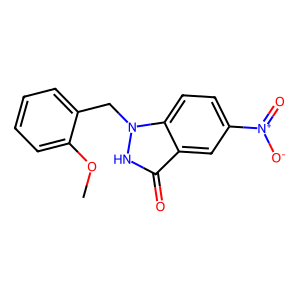
SMILES: COc1ccccc1Cn1[nH]c(=O)c2cc([N+](=O)[O-])ccc21
Inhibits HIV replication: No